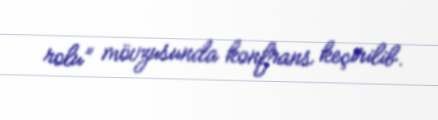
rolu” mövzusunda konfrans keçirilib.